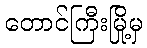
တောင်ကြီးမြို့မှ